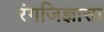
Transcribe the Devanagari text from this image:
रंगजिज्ञासा